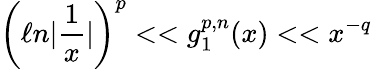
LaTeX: \left(\ell n|\frac{1}{x}|\right)^{p}<<g_{1}^{p,n}(x)<<x^{-q}